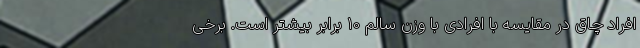
افراد چاق در مقایسه با افرادی با وزن سالم 10 برابر بیشتر است. برخی